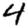
Digit: 4